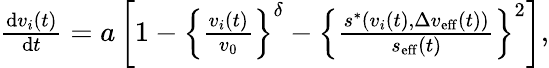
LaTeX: \begin{array}{r}{\frac{\mathrm{d}v_{i}(t)}{\mathrm{d}t}=a\left[1-\left\{ \frac{v_{i}(t)}{v_{0}}\right\} ^{\delta}-\left\{ \frac{s^{\ast}\left(v_{i}(t),\Delta v_{\mathrm{eff}}(t)\right)}{s_{\mathrm{eff}}(t)}\right\} ^{2}\right],}\end{array}